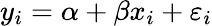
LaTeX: y_{i}=\alpha+\beta x_{i}+\varepsilon_{i}